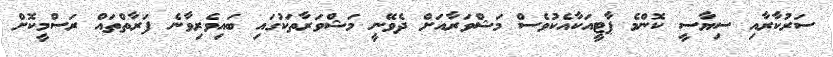
ސަރުކާރާއި ސިޔާސީ ކޮންމެ ޕާޓީއަކާއެކުވެސް މަޝްވަރާއަށް ދެވޭނީ މަޝްވަރާތަކުގައި ބައިވެރިވާނެ ފަރާތްތައް ރަސްމީކޮށް